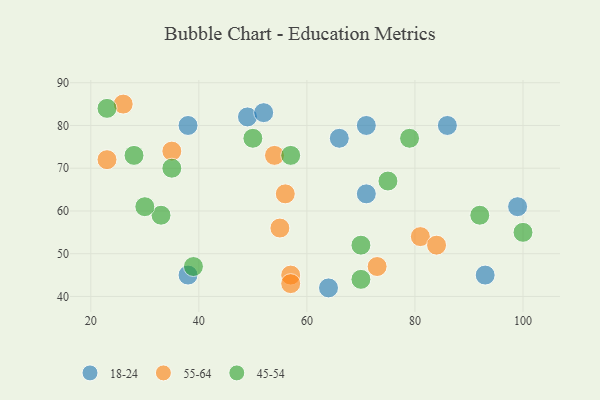
{"axis": {"x": "GDP", "y": "Life Expectancy"}, "legend": ["18-24", "45-54", "55-64"], "data": [{"x": "64", "y": 42, "type": "18-24"}, {"x": "71", "y": 80, "type": "18-24"}, {"x": "66", "y": 77, "type": "18-24"}, {"x": "71", "y": 64, "type": "18-24"}, {"x": "99", "y": 61, "type": "18-24"}, {"x": "38", "y": 45, "type": "18-24"}, {"x": "86", "y": 80, "type": "18-24"}, {"x": "93", "y": 45, "type": "18-24"}, {"x": "49", "y": 82, "type": "18-24"}, {"x": "38", "y": 80, "type": "18-24"}, {"x": "52", "y": 83, "type": "18-24"}, {"x": "23", "y": 72, "type": "55-64"}, {"x": "54", "y": 73, "type": "55-64"}, {"x": "81", "y": 54, "type": "55-64"}, {"x": "26", "y": 85, "type": "55-64"}, {"x": "56", "y": 64, "type": "55-64"}, {"x": "84", "y": 52, "type": "55-64"}, {"x": "35", "y": 74, "type": "55-64"}, {"x": "57", "y": 45, "type": "55-64"}, {"x": "73", "y": 47, "type": "55-64"}, {"x": "57", "y": 43, "type": "55-64"}, {"x": "55", "y": 56, "type": "55-64"}, {"x": "70", "y": 44, "type": "45-54"}, {"x": "70", "y": 52, "type": "45-54"}, {"x": "79", "y": 77, "type": "45-54"}, {"x": "33", "y": 59, "type": "45-54"}, {"x": "39", "y": 47, "type": "45-54"}, {"x": "92", "y": 59, "type": "45-54"}, {"x": "28", "y": 73, "type": "45-54"}, {"x": "75", "y": 67, "type": "45-54"}, {"x": "23", "y": 84, "type": "45-54"}, {"x": "35", "y": 70, "type": "45-54"}, {"x": "30", "y": 61, "type": "45-54"}, {"x": "50", "y": 77, "type": "45-54"}, {"x": "100", "y": 55, "type": "45-54"}, {"x": "57", "y": 73, "type": "45-54"}]}